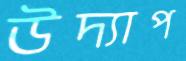
উদ্যাপ